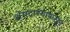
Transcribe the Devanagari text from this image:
शेंगदाण्यापासून